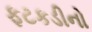
ફટકડીનો